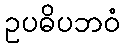
ဥပဓိပဘဝံ